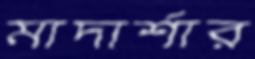
মাদার্শার